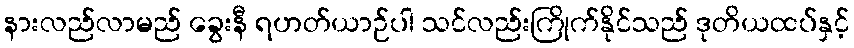
နားလည်လာမည် ခွေးနီ ရဟတ်ယာဉ်ပါ သင်လည်းကြိုက်နိုင်သည် ဒုတိယထပ်နှင့်